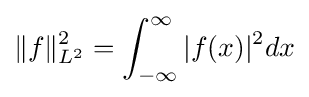
\Vert f\Vert _{L^{2}}^{2}=\int _{-\infty }^{\infty }\vert f(x)\vert ^{2}dx